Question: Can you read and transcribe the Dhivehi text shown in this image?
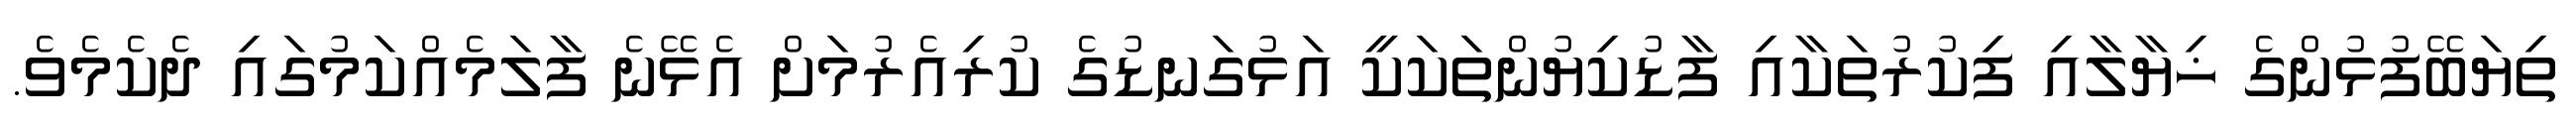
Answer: ތިޔަބޭފުޅުންގެ ޚިޔާލާއި ފިކުރުތަކާއި ފާޑުކިޔުންތަކަކީ އަޅުގަނޑުގެ ކުރިއެރުމަށް އެޅޭނެ ފާލަމެއްކަމުގައި ދެކެމެވެ.